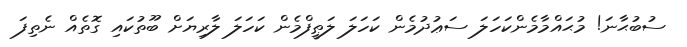
ސުބުޙާނަ! މުޙައްމާމެންކަހަލަ ސަޢުދުމެން ކަހަލަ ލަޠީފްމެން ކަހަލަ ލާރިޔަށް ބޫތުކައި ގޮތެއް ނެތިފަ